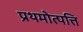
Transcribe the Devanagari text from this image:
प्रथमोत्पत्ति